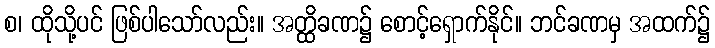
စ၊ ထိုသို့ပင် ဖြစ်ပါသော်လည်း။ အတ္ထိခဏ၌ စောင့်ရှောက်နိုင်။ ဘင်ခဏမှ အထက်၌